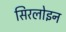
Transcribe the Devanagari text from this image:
सिरलोइन